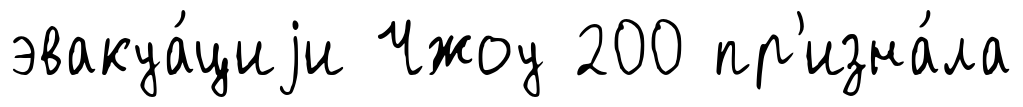
эвакуа́циjи Чжоу 200 пр'изна́ла